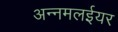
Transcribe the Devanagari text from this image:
अन्नमलईयर